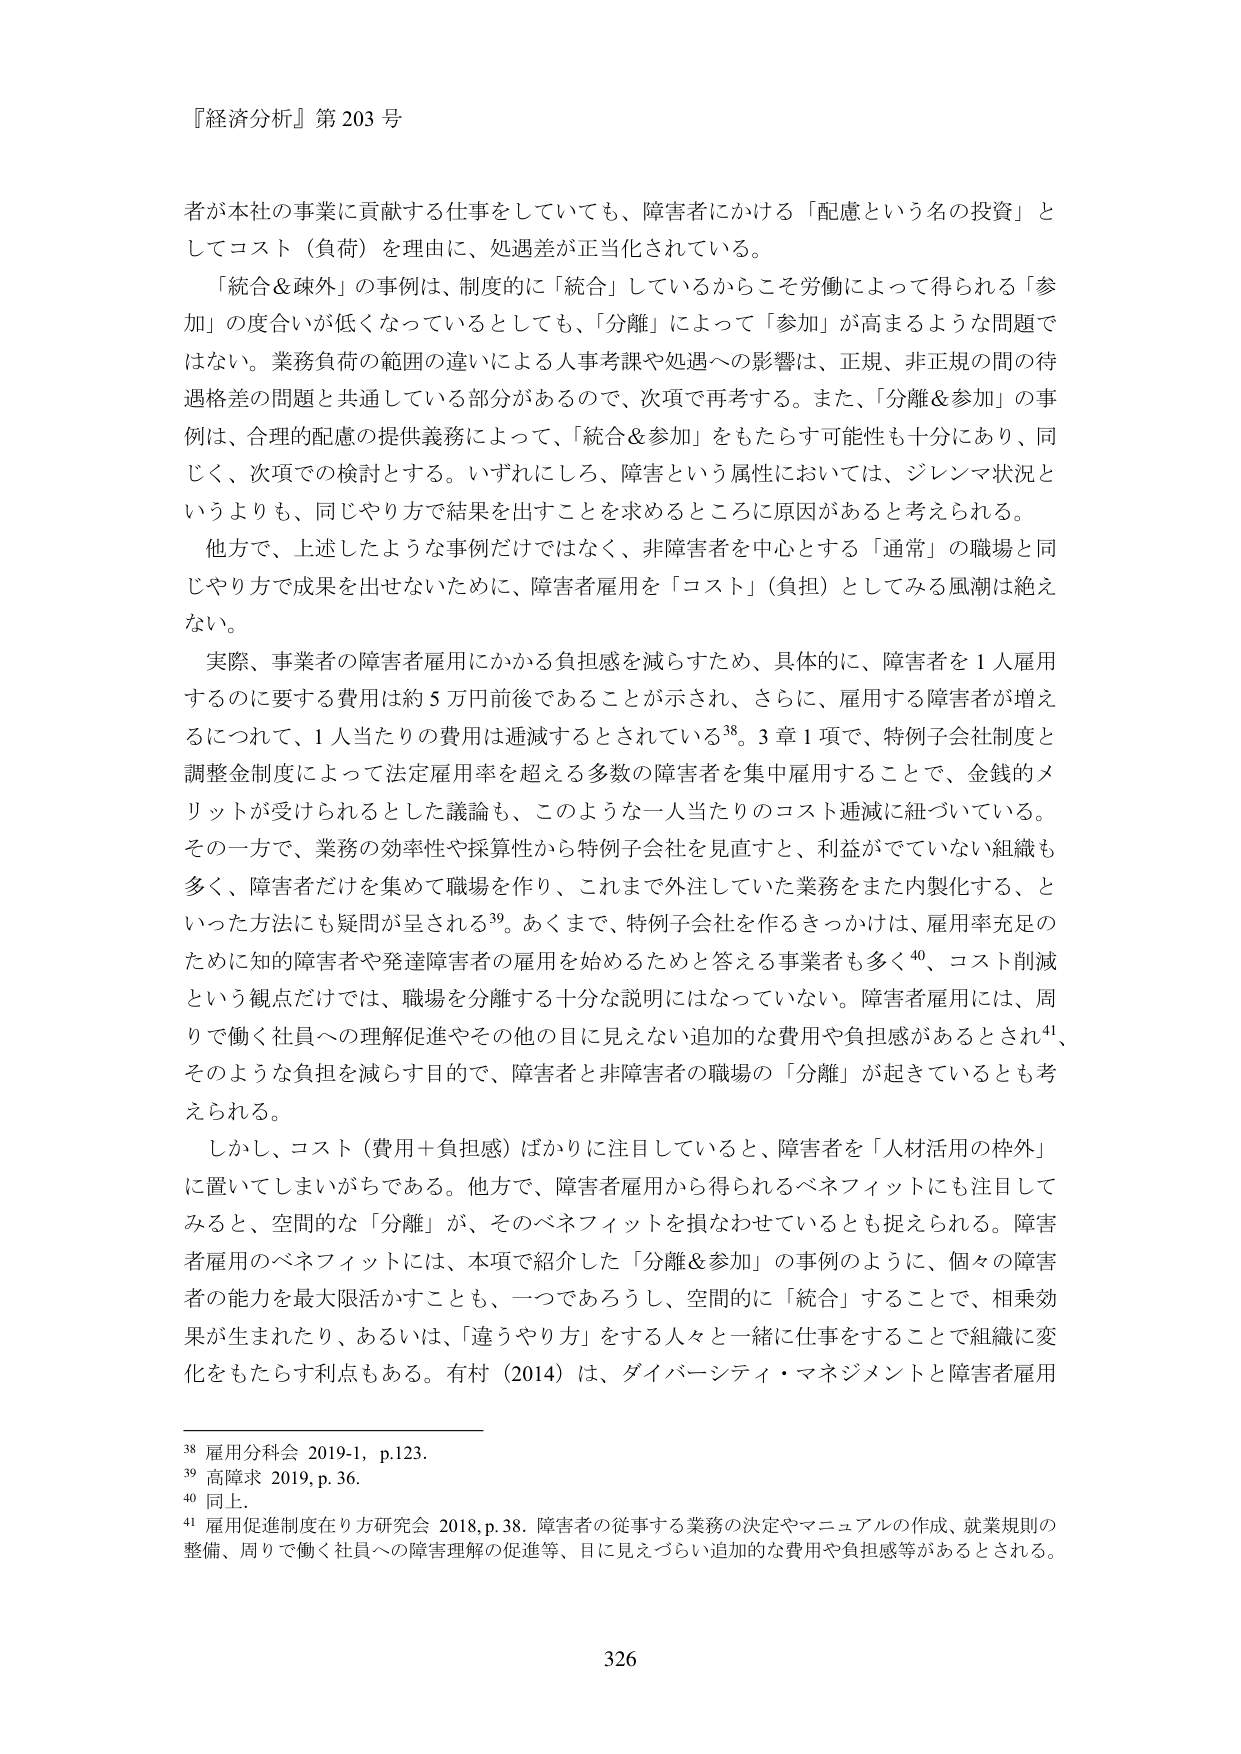
『経済分析』第203号

者が本社の事業に貢献する仕事をしていても、障害者にかける「配慮という名の投資」としてコスト（負荷）を理由に、処遇差が正当化されている。

「統合＆疎外」の事例は、制度的に「統合」しているからこそ労働によって得られる「参加」の度合いが低くなっているとしても、「分離」によって「参加」が高まるような問題ではない。業務負荷の範囲の違いによる人事考課や処遇への影響は、正規、非正規の間の待遇格差の問題と共通している部分があるので、次項で再考する。また、「分離＆参加」の事例は、合理的配慮の提供義務によって、「統合＆参加」をもたらす可能性も十分にあり、同じく、次項での検討とする。いずれにしろ、障害という属性においては、ジレンマ状況というよりも、同じやり方で結果を出すことを求めるところに原因があると考えられる。

他方で、上記したような事例だけではなく、非障害者を中心とする「通常」の職場と同じやり方で成果を出せないために、障害者雇用を「コスト」（負担）としてみる風潮は絶えない。

実際、事業者の障害者雇用にかかる負担感を減らすため、具体的に、障害者を1人雇用するのに要する費用は約5万円前後であることが示され、さらに、雇用する障害者が増えるにつれて、1人当たりの費用は逓減するとされている38。3章1項で、特例子会社制度と調整金制度によって法定雇用率を超える多数の障害者を集中雇用することで、金銭的メリットが受けられるとした議論も、このような一人当たりのコスト逓減に紐づいている。その一方で、業務の効率性や採算性から特例子会社を見直すと、利益がでていない組織も多く、障害者だけを集めて職場を作り、これまで外注していた業務をまた内製化する、といった方法にも疑問が呈される39。あくまで、特例子会社を作るきっかけは、雇用率充足のために知的障害者や発達障害者の雇用を始めるためと答える事業者も多く40、コスト削減という観点だけでは、職場を分離する十分な説明にはなっていない。障害者雇用には、周りで働く社員への理解促進やその他の目に見えない追加的な費用や負担感があるとされ41、そのような負担を減らす目的で、障害者と非障害者の職場の「分離」が起きているとも考えられる。

しかし、コスト（費用＋負担感）ばかりに注目していると、障害者を「人材活用の枠外」に置いてしまいがちである。他方で、障害者雇用から得られるベネフィットにも注目してみると、空間的な「分離」が、そのベネフィットを損なわせているとも捉えられる。障害者雇用のベネフィットには、本項で紹介した「分離＆参加」の事例のように、個々の障害者の能力を最大限活かすことも、一つであろうし、空間的に「統合」することで、相乗効果が生まれたり、あるいは、「違うやり方」をする人々と一緒に仕事をすることで組織に変化をもたらす利点もある。有村（2014）は、ダイバーシティ・マネジメントと障害者雇用

38 雇用分科会 2019-1, p.123.
39 高障求 2019, p. 36.
40 同上.
41 雇用促進制度在り方研究会 2018, p. 38. 障害者の従事する業務の決定やマニュアルの作成、就業規則の整備、周りで働く社員への障害理解の促進等、目に見えづらい追加的な費用や負担感等があるとされる。

326